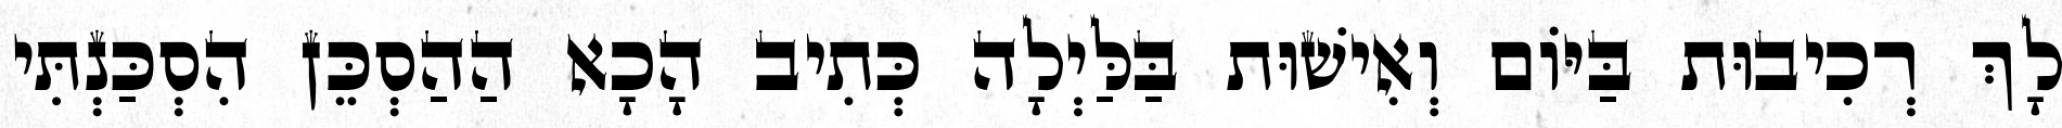
לָךְ רְכִיבוּת בַּיּוֹם וְאִישׁוּת בַּלַּיְלָה כְּתִיב הָכָא הַהַסְכֵּן הִסְכַּנְתִּי